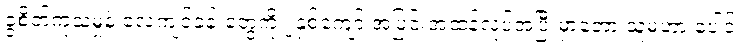
ခွဲစိတ်ကုသမှုနဲ့ လေ့ကျင့်ခန်းတွေကို ၂နှစ်ကျော် အပြင်းအထန်လုပ်အပြီးမှာတော့ သူမဟာ ပေါင်